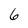
Character: 6